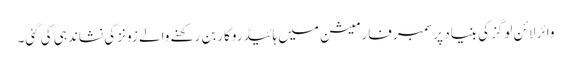
وائر لائن لوگز کی بنیاد پرسمبر فارمیشن میں ہائیڈروکاربن رکھنے والے زونز کی نشاندہی کی گئی۔